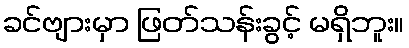
ခင်ဗျားမှာ ဖြတ်သန်းခွင့် မရှိဘူး။